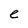
Character: e